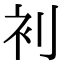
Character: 𮕥